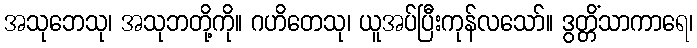
အသုဘေသု၊ အသုဘတို့ကို။ ဂဟိတေသု၊ ယူအပ်ပြီးကုန်လသော်။ ဒွတ္တိံသာကာရေ၊